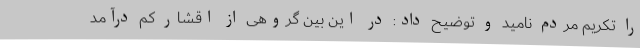
را تکریم مردم نامید و توضیح داد: در این بین گروهی از اقشار کم درآمد